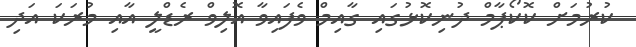
ކުރުމަށް ކޮކޯޕާމް ދުނިކޮޅުގައި ގާއިމް ވެފައިވާ އޮލިވް ރެޑްލީ އާއި މުރަކަ އަދި